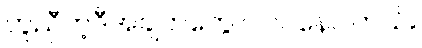
တူညီတဲ့ဒီအချက်တွေ ပါဝင်နေပါတယ်။